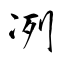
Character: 冽